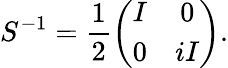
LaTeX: S^{-1}=\frac{1}{2}\left(\begin{array}{cc}{{I}}&{{0}}\\ {{0}}&{{iI}}\end{array}\right).